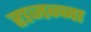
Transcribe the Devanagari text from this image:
राजन्ना